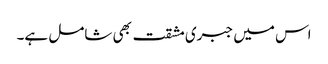
اس میں جبری مشقت بھی شامل ہے۔